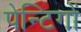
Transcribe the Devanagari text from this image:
पेन्टिगों